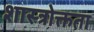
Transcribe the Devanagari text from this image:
शास्त्रोक्तता